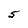
Character: 5